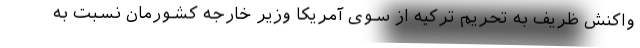
واکنش ظریف به تحریم ترکیه از سوی آمریکا وزیر خارجه کشورمان نسبت به